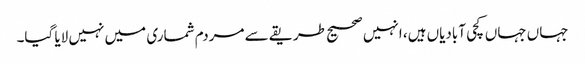
جہاں جہاں کچی آبادیاں ہیں، انہیں صحیح طریقے سے مردم شماری میں نہیں لایا گیا۔